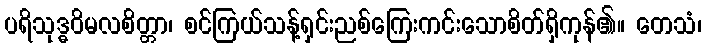
ပရိသုဒ္ဓဝိမလစိတ္တာ၊ စင်ကြယ်သန့်ရှင်းညစ်ကြေးကင်းသောစိတ်ရှိကုန်၏။ တေသံ၊